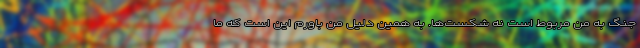
جنگ به من مربوط است نه شکست‌ها. به همین دلیل من باورم این است که ما